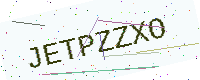
Text: JETPZZXO